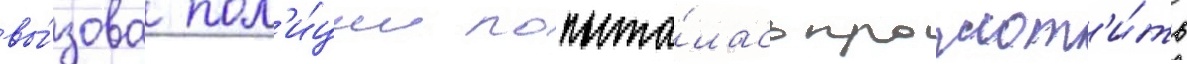
вы́зова пол'и́ции попыта́лась проглот'и́ть